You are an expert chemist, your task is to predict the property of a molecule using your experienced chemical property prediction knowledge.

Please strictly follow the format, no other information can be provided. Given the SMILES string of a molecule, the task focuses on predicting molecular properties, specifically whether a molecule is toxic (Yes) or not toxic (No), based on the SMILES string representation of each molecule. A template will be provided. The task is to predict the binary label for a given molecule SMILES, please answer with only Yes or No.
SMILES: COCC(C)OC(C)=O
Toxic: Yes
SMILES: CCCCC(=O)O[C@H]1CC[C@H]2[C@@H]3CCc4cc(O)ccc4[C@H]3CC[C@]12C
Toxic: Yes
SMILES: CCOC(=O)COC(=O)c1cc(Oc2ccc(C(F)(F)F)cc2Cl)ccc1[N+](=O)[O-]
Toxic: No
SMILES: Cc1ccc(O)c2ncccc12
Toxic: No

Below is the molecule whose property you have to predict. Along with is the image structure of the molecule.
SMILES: S=C([S-])NCCNC(=S)[S-].[Mn+2]
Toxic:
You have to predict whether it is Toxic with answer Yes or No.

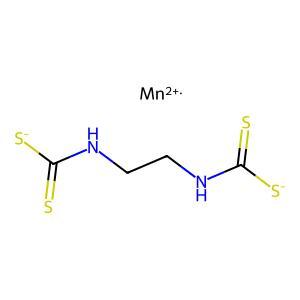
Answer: No